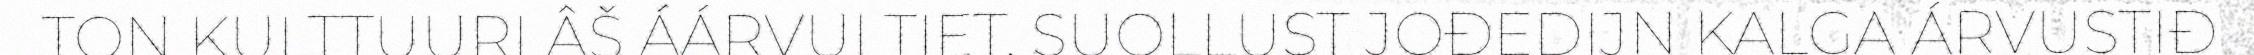
TON KULTTUURLÂŠ ÁÁRVUI TIET. SUOLLUST JOĐEDIJN KALGA ÁRVUSTIĐ